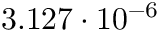
3 . 1 2 7 \cdot 1 0 ^ { - 6 }